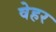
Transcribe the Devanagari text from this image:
वेहर